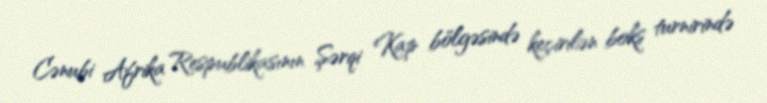
Cənubi Afrika Respublikasının Şərqi Kap bölgəsində keçirilən boks turnirində